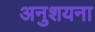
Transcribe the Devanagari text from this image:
अनुशयना